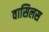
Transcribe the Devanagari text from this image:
वासिलस